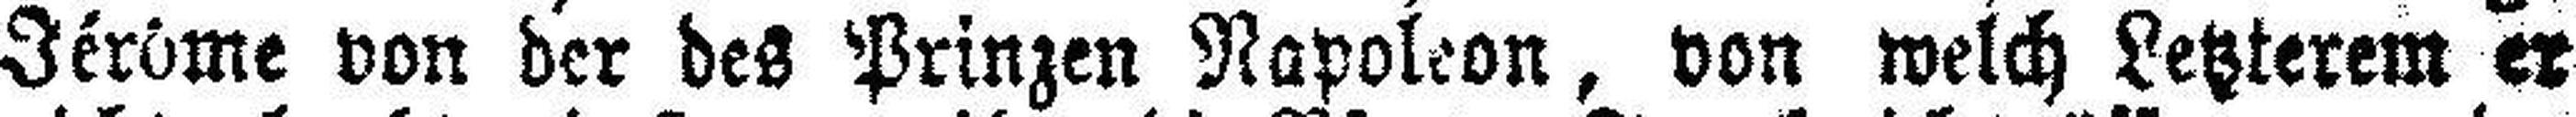
Jérôme von der des Prinzen Napoleon, von welch Letzterem er